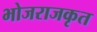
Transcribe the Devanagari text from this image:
भोजराजकृत